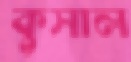
কুসাল